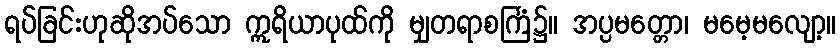
ရပ်ခြင်းဟုဆိုအပ်သော ဣရိယာပုထ်ကို မျှတရာစင်္ကြံ၌။ အပ္ပမတ္တော၊ မမေ့မလျော့။